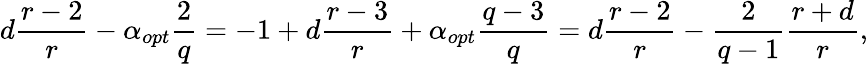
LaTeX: d\frac{r-2}{r}-\alpha_{opt}\frac{2}{q}=-1+d\frac{r-3}{r}+\alpha_{opt}\frac{q-3}{q}=d\frac{r-2}{r}-\frac{2}{q-1}\frac{r+d}{r},